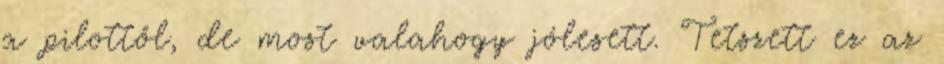
a pilottől, de most valahogy jólesett. Tetszett ez az